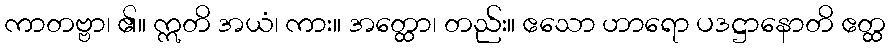
ကာတဗ္ဗာ၊ ၏။ ဣတိ အယံ၊ ကား။ အတ္ထော၊ တည်း။ ဧသော ဟာရော ပဒဋ္ဌာနောတိ ဧတ္ထ